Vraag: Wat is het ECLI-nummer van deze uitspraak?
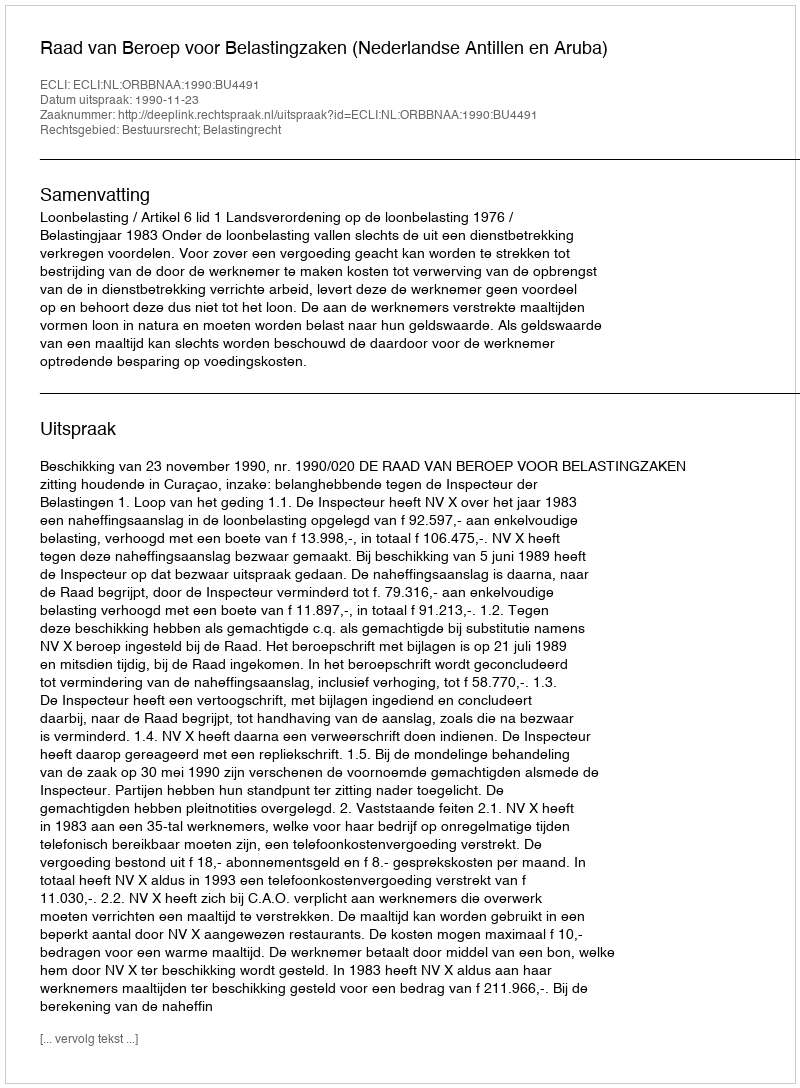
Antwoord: ECLI:NL:ORBBNAA:1990:BU4491